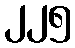
၂၂၅